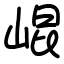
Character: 崐